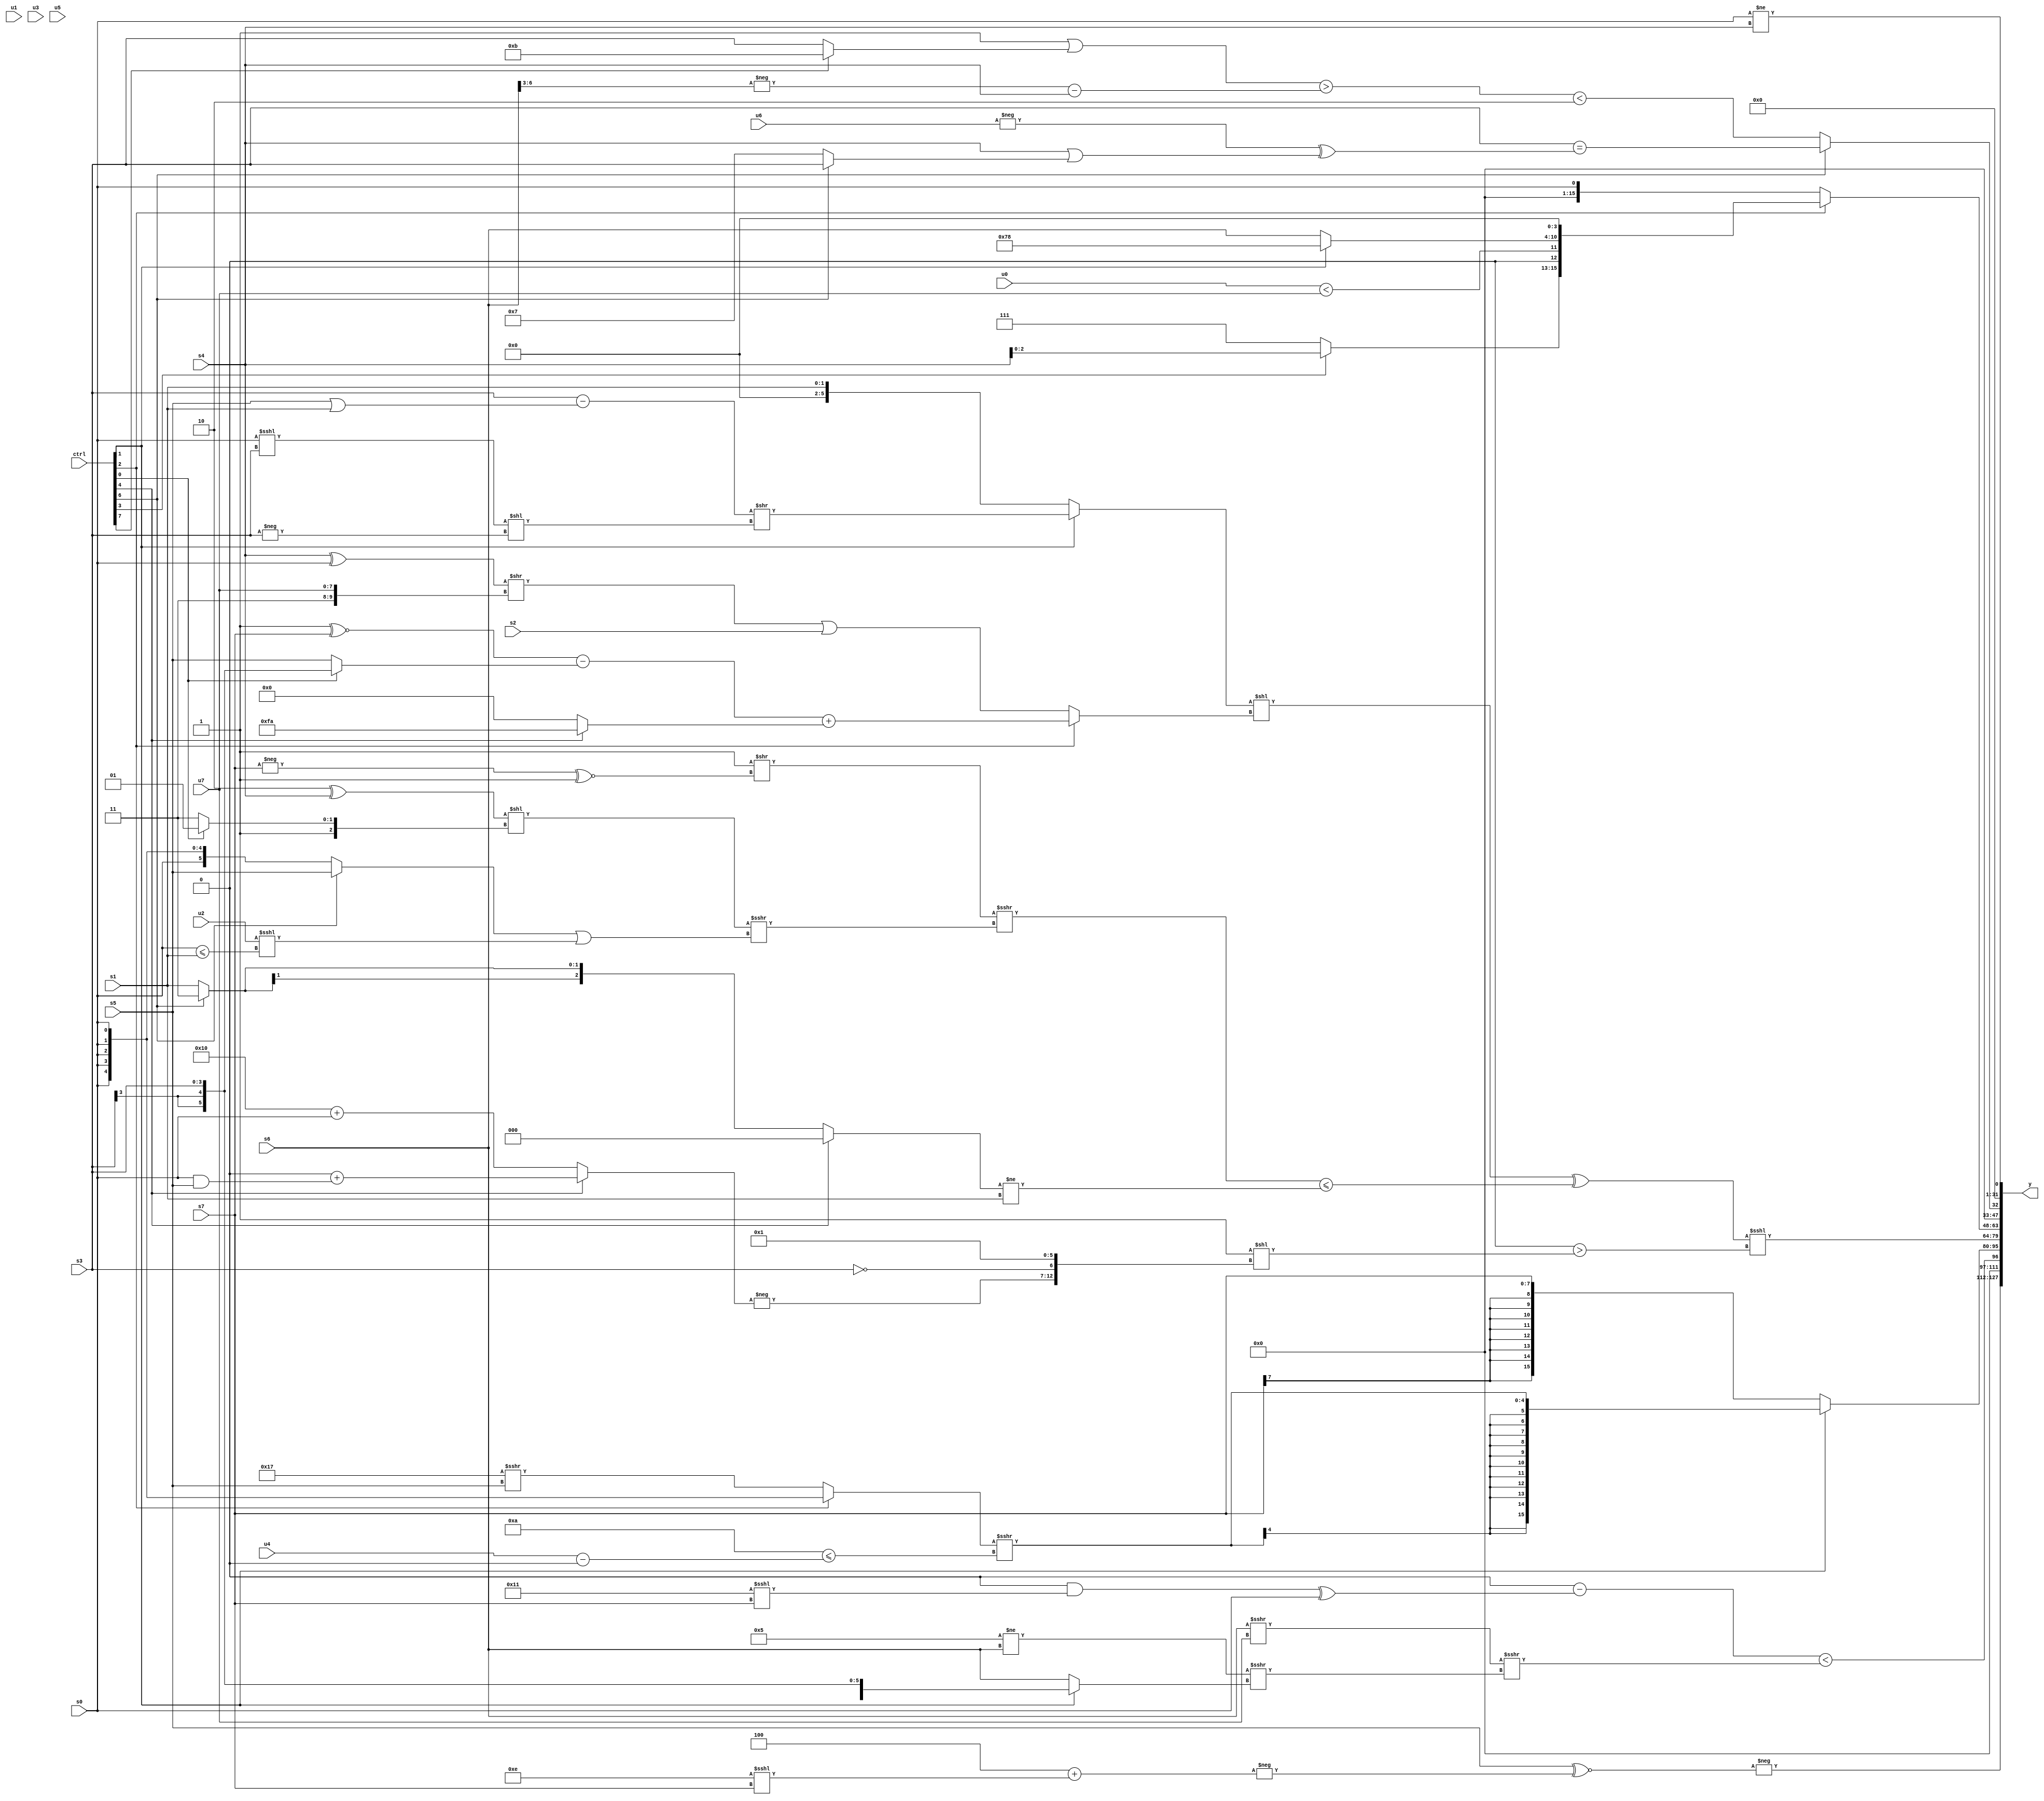
module wideexpr_00933(ctrl, u0, u1, u2, u3, u4, u5, u6, u7, s0, s1, s2, s3, s4, s5, s6, s7, y);
  input [7:0] ctrl;
  input [0:0] u0;
  input [1:0] u1;
  input [2:0] u2;
  input [3:0] u3;
  input [4:0] u4;
  input [5:0] u5;
  input [6:0] u6;
  input [7:0] u7;
  input signed [0:0] s0;
  input signed [1:0] s1;
  input signed [2:0] s2;
  input signed [3:0] s3;
  input signed [4:0] s4;
  input signed [5:0] s5;
  input signed [6:0] s6;
  input signed [7:0] s7;
  output [127:0] y;
  wire [15:0] y0;
  wire [15:0] y1;
  wire [15:0] y2;
  wire [15:0] y3;
  wire [15:0] y4;
  wire [15:0] y5;
  wire [15:0] y6;
  wire [15:0] y7;
  assign y = {y0,y1,y2,y3,y4,y5,y6,y7};
  assign y0 = -($signed((s5)^~(-((6'sb111100)+((5'sb01110)<<<(s7))))));
  assign y1 = ((3'sb000)-((((1'sb0)&(1'sb0))&((5'sb10001)<<<(s7)))^(s0)))<((($signed(+(s6)))>>>(u7))>>>({1{((4'sb0101)!=(s6))>>>((ctrl[1]?s3:s6))}}));
  assign y2 = (ctrl[1]?$signed(((ctrl[2]?s0:(5'sb10111)>>>(s5)))>>>(({2{2'sb10}})<=((u4)-(1'b0)))):s7);
  assign y3 = ((((ctrl[1]?$unsigned(((s3)-((s5)|(s1)))>>(((s0)<<<(s3))<<(-(s3)))):s1))<<((ctrl[2]?+((((1'sb1)^~(s7))-((ctrl[0]?s3:s5)))+((ctrl[4]?+(4'sb1010):(1'sb0)<<<(1'sb1)))):(($signed((s4)^(s0)))>>($signed({2'sb11,u7})))|(s2))))^(((((-(+(1'sb1)))>>((-(s7))^~($signed(1'sb1))))>>>($signed($signed((u3)>>(5'sb11010)))))>>>(((($signed(4'sb1110))^(+(s4)))<<($signed((ctrl[0]?3'sb101:3'b111))))>>>(((ctrl[6]?$signed(s5):$signed(s0)))|(($signed(u2))<<<((s0)<=(s1))))))<=(-((+((ctrl[4]?3'sb000:(ctrl[6]?1'sb1:s1))))!=(s1)))))<<<(((4'sb0010)&(+(5'sb01100)))>((5'sb11111)<<({-((ctrl[4]?(2'sb00)+((s0)&(s5)):(5'sb10000)+(+(s0)))),!($signed(s3)),6'sb000001})));
  assign y4 = (ctrl[2]?+((+({(ctrl[3]?s4:1'sb1),$signed(1'sb0),(u0)<(u7),(ctrl[1]?6'sb111000:s6)}))<<(4'sb0100)):s0);
  assign y5 = (ctrl[6]?^((s3)==((-($signed(u6)))^((s4)|((ctrl[6]?s3:4'sb0111))))):(((1'sb1)|((ctrl[7]?4'sb1011:s3)))>((-((s6)>>(4'b0011)))-(s4)))<(3'b010));
  assign y6 = 2'sb00;
  assign y7 = (s0)!=($signed((ctrl[6]?s4:s4)));
endmodule